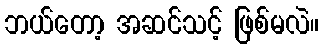
ဘယ်တော့ အဆင်သင့် ဖြစ်မလဲ။